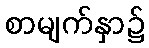
စာမျက်နှာ၌